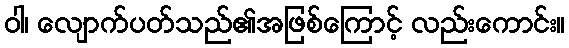
ဝါ၊ လျောက်ပတ်သည်၏အဖြစ်ကြောင့် လည်းကောင်း။